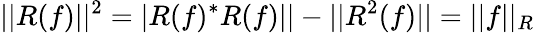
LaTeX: ||R(f)||^{2}=|R(f)^{\ast}R(f)||-||R^{2}(f)||=||f||_{R}